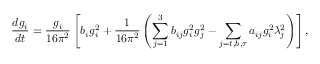
{ \frac { d g _ { i } } { d t } } = { \frac { g _ { i } } { 1 6 \pi ^ { 2 } } } \left[ b _ { i } g _ { i } ^ { 2 } + { \frac { 1 } { 1 6 \pi ^ { 2 } } } \left( \sum _ { j = 1 } ^ { 3 } b _ { i j } g _ { i } ^ { 2 } g _ { j } ^ { 2 } - \sum _ { j = t , b , \tau } a _ { i j } g _ { i } ^ { 2 } \lambda _ { j } ^ { 2 } \right) \right] ,